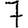
Digit: 7